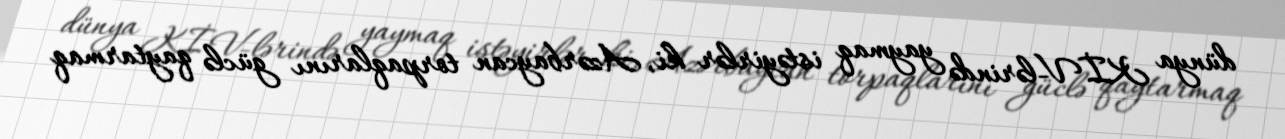
dünya KİV-lərində yaymaq istəyirlər ki, Azərbaycan torpaqlarını güclə qaytarmaq